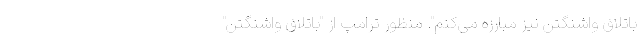
باتلاق واشنگتن نیز مبارزه می‌کنم". منظور ترامپ از "باتلاق واشنگتن"